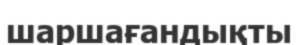
шаршағандықты